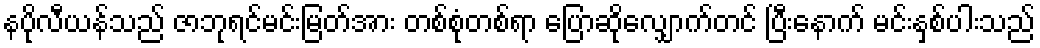
နပိုလီယန်သည် ဇာဘုရင်မင်းမြတ်အား တစ်စုံတစ်ရာ ပြောဆိုလျှောက်တင် ပြီးနောက် မင်းနှစ်ပါးသည်